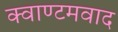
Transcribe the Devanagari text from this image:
क्वाण्टमवाद